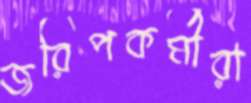
জরিপকর্মীরা